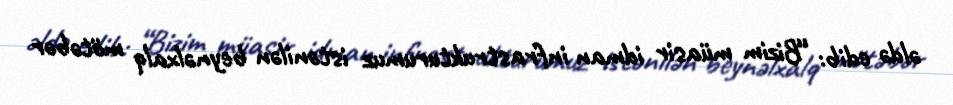
əldə edib: “Bizim müasir idman infrastrukturumuz istənilən beynəlxalq mötəbər